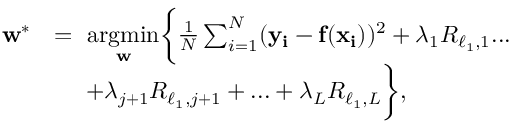
\begin{array} { r l } { \mathbf { w } ^ { * } } & { = \ \underset { \mathbf { w } } { \mathrm { a r g m i n } } \biggl \{ \frac { 1 } { N } \sum _ { i = 1 } ^ { N } ( \mathbf { y _ { i } } - \mathbf { f ( x _ { i } } ) ) ^ { 2 } + \lambda _ { 1 } R _ { \ell _ { 1 } , 1 } . . . } \\ & { \ \quad + \lambda _ { j + 1 } R _ { \ell _ { 1 } , j + 1 } + . . . + \lambda _ { L } R _ { \ell _ { 1 } , L } \biggr \} , } \end{array}